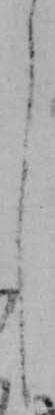
し